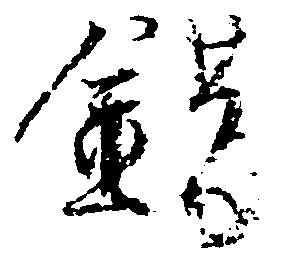
錯